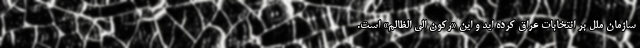
سازمان ملل بر انتخابات عراق کرده اید و این «رکون الی الظالم» است.